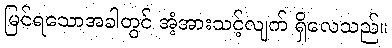
မြင်ရသောအခါတွင် အံ့အားသင့်လျက် ရှိလေသည်။